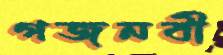
গজনবী